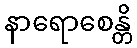
နာရောစေန္တိ